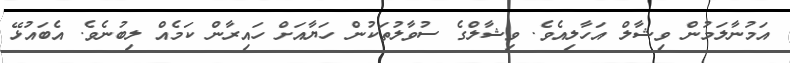
އަމުނާލަމުން ވިޝާލް އަހާލިއެވެ. ވިޝާލްގެ ސުވާލުތަކުން ހަޔާއަށް ހައިރާން ކަމެއް ލިބުނެވެ. އެބައުޅޭ